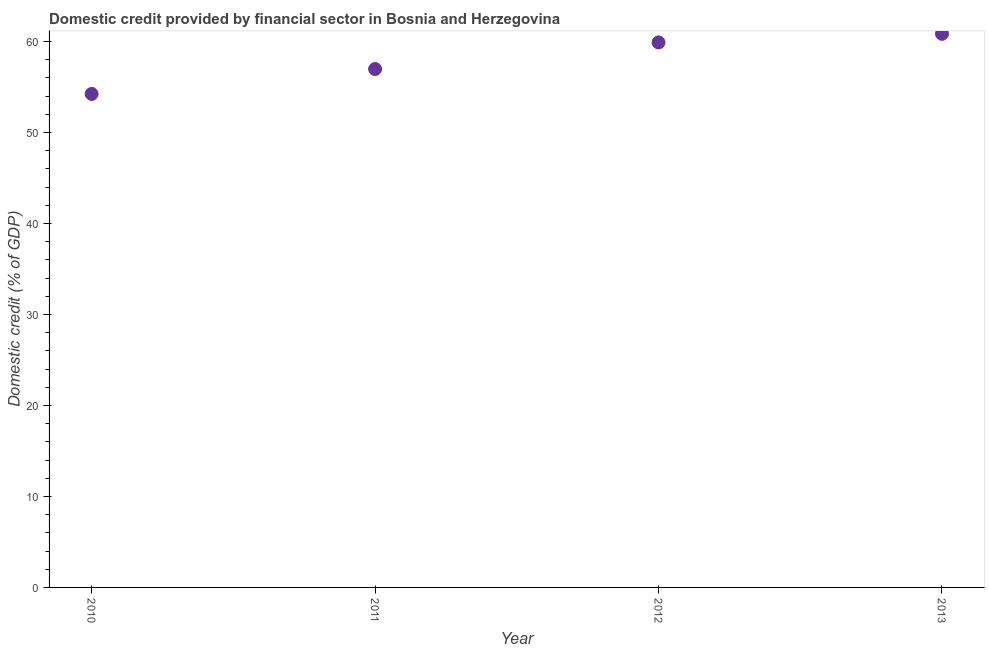
| Year | Domestic credit provided by financial sector |
 | --- | --- |
 | 2010 | 54.2 |
 | 2011 | 57 |
 | 2012 | 59.9 |
 | 2013 | 60.8 |